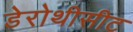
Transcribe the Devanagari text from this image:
डेरोथीसीट